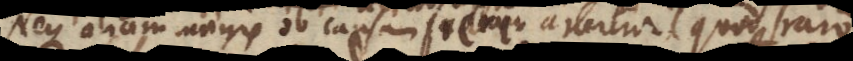
ue aliam magis ob causam fieri arbitror, quod raro